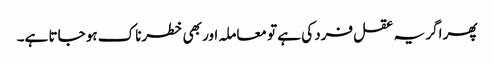
پھر اگر یہ عقل فرد کی ہے تو معاملہ اور بھی خطرناک ہو جاتا ہے۔